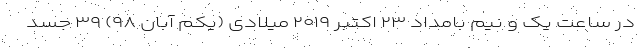
در ساعت یک و نیم بامداد ۲۳ اکتبر ۲۰۱۹ میلادی (یکم آبان ۹۸) ۳۹ جسد